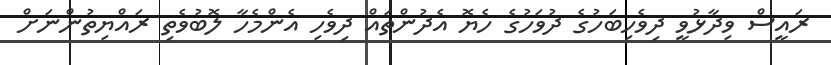
ރައީސް ވިދާޅުވީ ދިވެހިބަހުގެ ދުވަހުގެ ހެޔޮ އެދުންތައް ދިވެހި އެންމެހާ ލޮބުވެތި ރައްޔިތުންނަށް